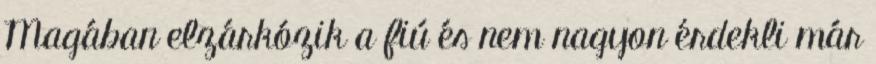
Magában elzárkózik a fiú és nem nagyon érdekli már